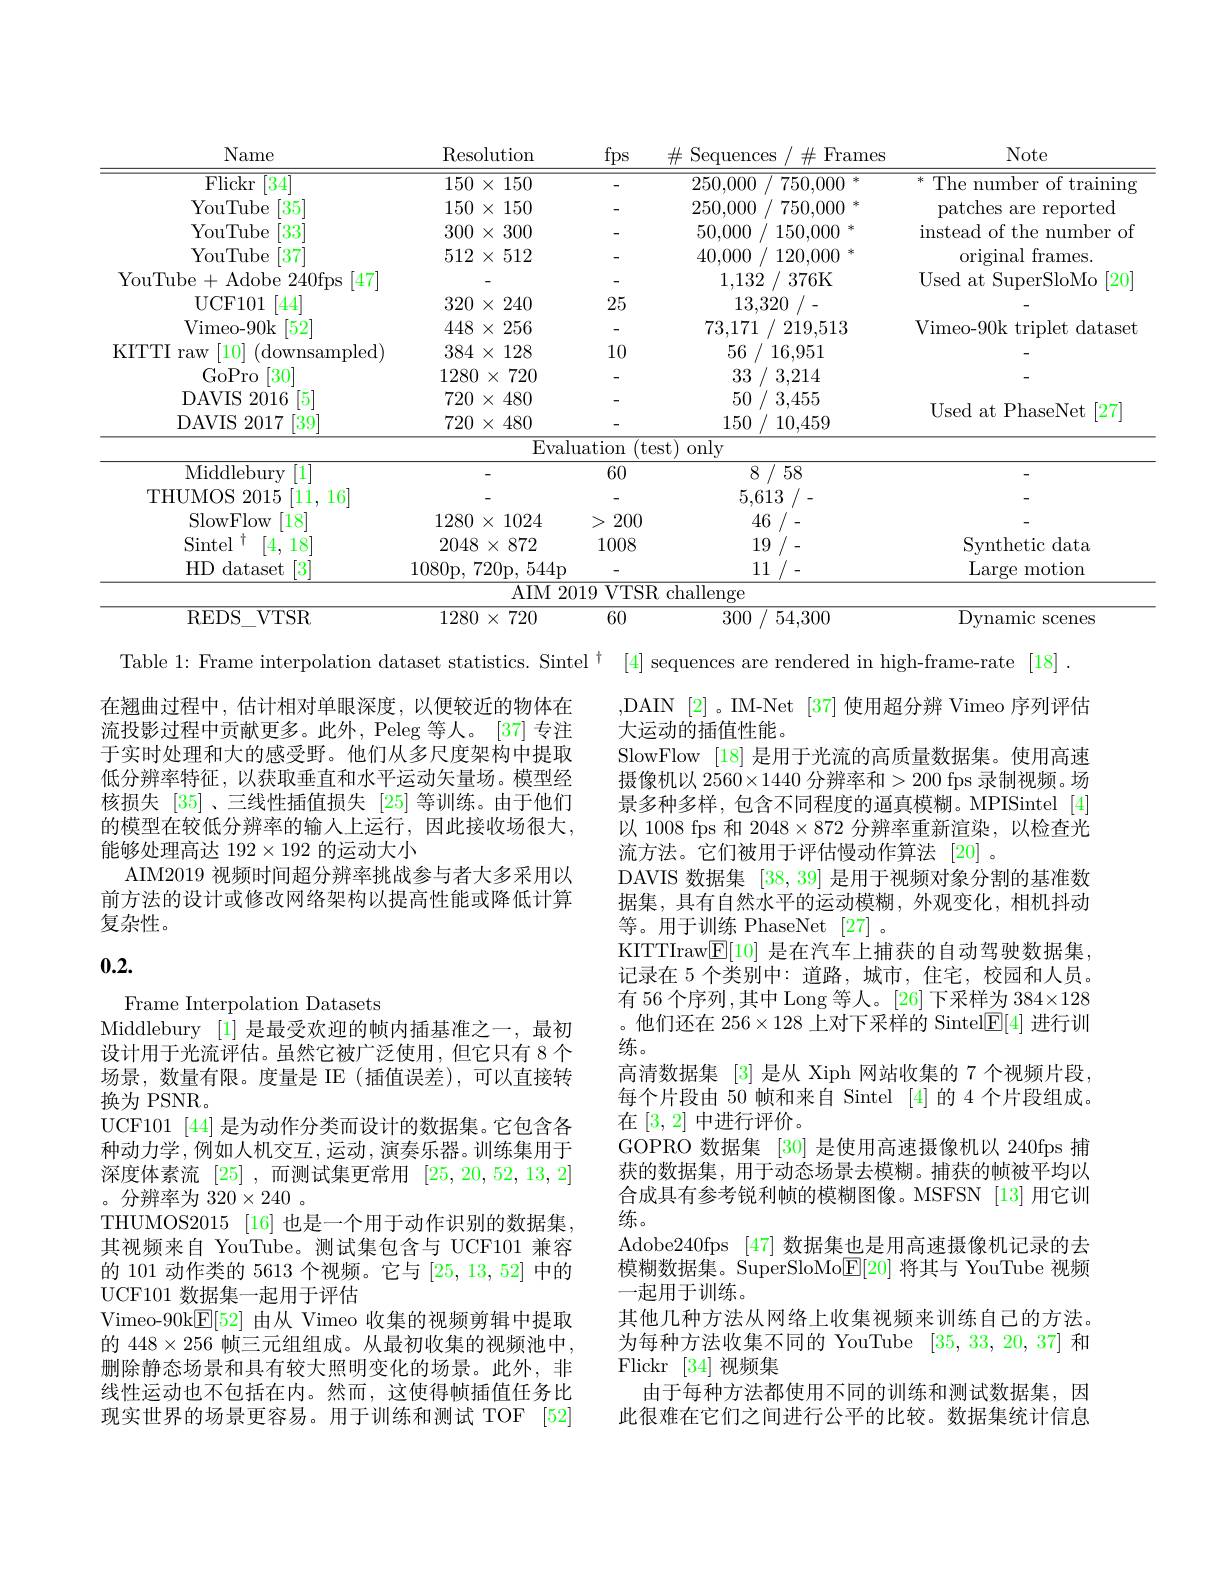
<table>
	<tbody>
		<tr>
			<th>Name</th>
			<th>Resolution</th>
			<th>fps</th>
			<th>${\mathbf{Erames}}$ $\because$ Sequences $\#$</th>
			<th>Note</th>
		</tr>
		<tr>
			<td>$\overline{{\mathrm{Flickr}}}\left[34\right]$</td>
			<td>$150\times150$</td>
			<td> </td>
			<td>250,000 0 / 750,000 一半</td>
			<td>冰 The number of training</td>
		</tr>
		<tr>
			<td>YouTube [35]</td>
			<td>$150\times150$</td>
			<td> </td>
			<td>250,000 750,000 祥</td>
			<td>patches $\frac{1}{2}\frac{1}{2}$ are reported</td>
		</tr>
		<tr>
			<td>YouTube $[33^{\cdot}$</td>
			<td>$300\times300$</td>
			<td> </td>
			<td>50,000 150,000 冰</td>
			<td>instead of the number of</td>
		</tr>
		<tr>
			<td>YouTube [37]</td>
			<td>$512\times512$</td>
			<td> </td>
			<td>40,000 120,000 冰</td>
			<td>original $=\frac{1}{2}$ frames. </td>
		</tr>
		<tr>
			<td>YouTube+Adobe 240fps $[47^{-}$ </td>
			<td> </td>
			<td> </td>
			<td>1,132 376K</td>
			<td>Used at SuperSloMo [20]</td>
		</tr>
		<tr>
			<td>UCF101 [444]</td>
			<td>$320\times240$</td>
			<td>25</td>
			<td>13,320</td>
			<td> </td>
		</tr>
		<tr>
			<td>Vimeo- 90k $[52^{-}]$</td>
			<td>$448\times256$</td>
			<td> </td>
			<td>73,171 219,513</td>
			<td>Vimeo-90k triplet dataset</td>
		</tr>
		<tr>
			<td>KITTI [10] (downsampled) raw</td>
			<td>$384\times128$</td>
			<td>10</td>
			<td>56 16,951</td>
			<td> </td>
		</tr>
		<tr>
			<td>GoPro $[30^{-}]$</td>
			<td>$1280\times720$</td>
			<td> </td>
			<td>33 3 / 3,214</td>
			<td> </td>
		</tr>
		<tr>
			<td>DAVIS 2016 [5]</td>
			<td>$720\times480$</td>
			<td> </td>
			<td>50 / 3,455</td>
			<td> </td>
		</tr>
		<tr>
			<td>$[39^{-}]$ DAVIS $\textbf{5}2017$</td>
			<td>$720\times480$</td>
			<td> </td>
			<td>150 10,459</td>
			<td> $\lfloor\angle I\rfloor$</td>
		</tr>
		<tr>
			<td> </td>
			<td>Eval</td>
			<td>$\operatorname{luation}$</td>
			<td>only</td>
			<td> </td>
		</tr>
		<tr>
			<td>Middlebury [1]</td>
			<td> </td>
			<td>60</td>
			<td>8 / 58</td>
			<td>-</td>
		</tr>
		<tr>
			<td>[11,16] THUMOS 2015</td>
			<td> </td>
			<td> </td>
			<td>5,613</td>
			<td> </td>
		</tr>
		<tr>
			<td>[18] SlowFlow</td>
			<td>$1280\times1024$</td>
			<td>》 200</td>
			<td>46</td>
			<td> </td>
		</tr>
		<tr>
			<td>Sintel [4,18] T</td>
			<td>$2048\times872$</td>
			<td>1008</td>
			<td>19</td>
			<td>Svnthetic data</td>
		</tr>
		<tr>
			<td>$HD$ dataset 3</td>
			<td>1080p, 7 720p, 544p $\therefore$</td>
			<td> </td>
			<td></td>
			<td>Large motion</td>
		</tr>
		<tr>
			<td> </td>
			<td>AIM$ 2\boldsymbol{t}$</td>
			<td>VTSI 2019</td>
			<td>${\mathrm{hallenge}}$</td>
			<td> </td>
		</tr>
		<tr>
			<td>$V$TSR REDS</td>
			<td>$1280\times720$</td>
			<td>60</td>
			<td>300 / 54,300</td>
			<td>$\overline{\mathrm{Dvnamic}}$ scenes</td>
		</tr>
	</tbody>
</table>

Table 1: Frame interpolation dataset statistics. Sintel $^\dagger$ [4] sequences are rendered in high-frame-rate [18] .

在翘曲过程中，估计相对单眼深度，以便较近的物体在流投影过程中贡献更多。此外，Peleg 等人。[37] 专注于实时处理和大的感受野。他们从多尺度架构中提取低分辨率特征，以获取垂直和水平运动矢量场。模型经核损失[35]、三线性插值损失[25]等训练。由于他们的模型在较低分辨率的输人上运行，因此接收场很大能够处理高达 192$\times192$的运动大小
AIM2019 视频时间超分辨率挑战参与者大多采用以前方法的设计或修改网络架构以提高性能或降低计算复杂性。

# 0.2.

,DAIN [2]。IM-Net [37] 使用超分辨 Vimeo 序列评估
大运动的插值性能。
SlowFlow [18] 是用于光流的高质量数据集。使用高速摄像机以 2560$\times1440$ 分辨率和>200 fps 录制视频。场景多种多样，包含不同程度的逼真模糊。MPISintel [4] 以 1008 fps 和 2048$\times872$分辨率重新渲染，以检查光流方法。它们被用于评估慢动作算法 [20]。
DAVIS 数据集[38,39]是用于视频对象分割的基准数据集，具有自然水平的运动模糊，外观变化，相机抖动等。用于训练 PhaseNet [27] 。
KITTIraw$\underline{\mathbb{E}}[10]$是在汽车上捕获的自动驾驶数据集， 记录在 5 个类别中：道路，城市，住宅，校园和人员。有 56 个序列 ,其中 Long 等人。[26] 下采样为$384\times128$ 。他们还在$256\times128$上对下采样的 Sintel$\underline{\mathrm{E}}[4]$进行训练。
高清数据集 [3] 是从 Xiph 网站收集的 7 个视频片段， 每个片段由 50 帧和来自 Sintel [4]的 4 个片段组成。在[3,2]中进行评价。
GOPRO 数据集 [30] 是使用高速摄像机以 240fps 捕获的数据集，用于动态场景去模糊。捕获的帧被平均以合成具有参考锐利帧的模糊图像。MSFSN [13]用它训练。
Adobe240fps [47]数据集也是用高速摄像机记录的去模糊数据集。SuperSloMo$\underline{\mathrm{E}}[20]$将其与 YouTube 视频一起用于训练。
其他几种方法从网络上收集视频来训练自己的方法。为每种方法收集不同的 YouTube [35,33,20,37]和Flickr [34]视频集
由于每种方法都使用不同的训练和测试数据集，因此很难在它们之间进行公平的比较。数据集统计信息

Frame Interpolation Datasets
Middlebury [1]是最受欢迎的帧内插基准之一，最初设计用于光流评估。虽然它被广泛使用，但它只有 8 个场景，数量有限。度量是 IE (插值误差),可以直接转换为 PSNR。
UCF101 [44] 是为动作分类而设计的数据集。它包含各种动力学，例如人机交互，运动，演奏乐器。训练集用于深度体素流[25] ,而测试集更常用[25,20,52,13,2] 。分辨率为$320\times240$ 。
THUMOS2015 [16] 也是一个用于动作识别的数据集， 其视频来自 YouTube。测试集包含与 UCF101 兼容的 101 动作类的 5613 个视频。它与[25,13,52]中的UCF101 数据集一起用于评估
Vimeo-90k$\underline{\mathbb{E}}[52]$由从 Vimeo 收集的视频剪辑中提取的$448\times256$帧三元组组成。从最初收集的视频池中， 删除静态场景和具有较大照明变化的场景。此外，非线性运动也不包括在内。然而，这使得帧插值任务比现实世界的场景更容易。用于训练和测试 TOF [52]